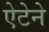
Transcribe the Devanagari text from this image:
ऐटेने